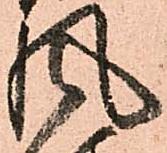
風